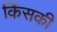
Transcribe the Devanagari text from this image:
किंसकी